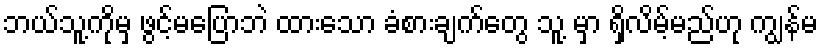
ဘယ်သူ့ကိုမှ ဖွင့်မပြောဘဲ ထားသော ခံစားချက်တွေ သူ့ မှာ ရှိလိမ့်မည်ဟု ကျွန်မ